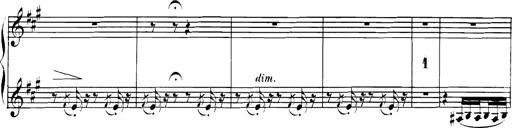
Title: Spinnerlied aus dem Fliegenden HollÃ¤nder
Composer: Franz Liszt